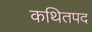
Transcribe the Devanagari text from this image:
कथितपद